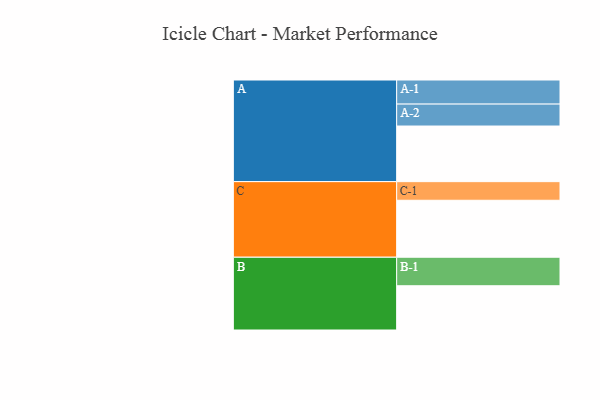
{"axis": {"x": "Segment", "y": "Value"}, "legend": ["", "A", "B", "C"], "data": [{"x": "A", "y": 568, "type": ""}, {"x": "B", "y": 452, "type": ""}, {"x": "C", "y": 582, "type": ""}, {"x": "A-1", "y": 246, "type": "A"}, {"x": "A-2", "y": 224, "type": "A"}, {"x": "B-1", "y": 291, "type": "B"}, {"x": "C-1", "y": 190, "type": "C"}]}